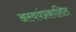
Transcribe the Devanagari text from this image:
अस्वयंप्रकाशित